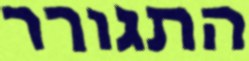
התגורר